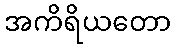
အကိရိယတော